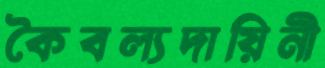
কৈবল্যদায়িনী